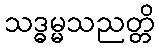
သဒ္ဓမ္မသညတ္တိ